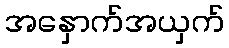
အနှောက်အယှက်